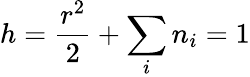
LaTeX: h=\frac{r^{2}}{2}+\sum_{i}n_{i}=1